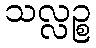
သလ္လဉ္စ